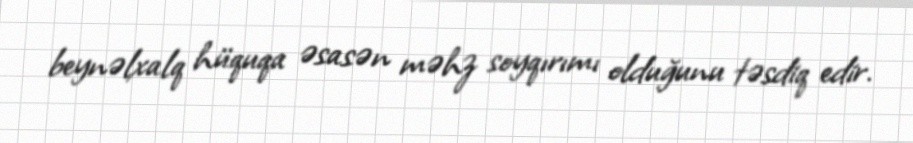
beynəlxalq hüquqa əsasən məhz soyqırımı olduğunu təsdiq edir.